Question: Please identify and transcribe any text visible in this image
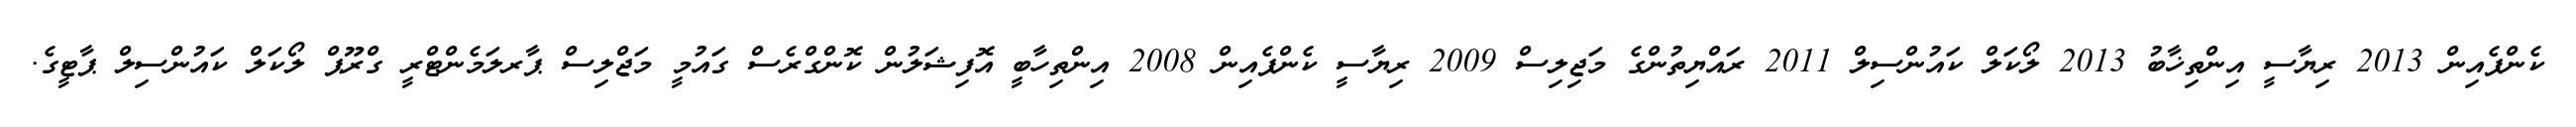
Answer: ކެންޕެއިން 2013 ރިޔާސީ އިންތިޚާބު 2013 ލޯކަލް ކައުންސިލް 2011 ރައްޔިތުންގެ މަޖިލިސް 2009 ރިޔާސީ ކެންޕެއިން 2008 އިންތިހާބީ އޮފިޝަލުން ކޮންގްރެސް ގައުމީ މަޖްލިސް ޕާރލަމެންޓްރީ ގްރޫޕް ލޯކަލް ކައުންސިލް ޕާޓީގެ.